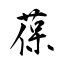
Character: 葆